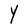
Character: Y